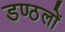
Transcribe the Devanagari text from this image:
डण्ठलों